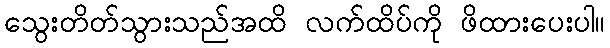
သွေးတိတ်သွားသည်အထိ လက်ထိပ်ကို ဖိထားပေးပါ။